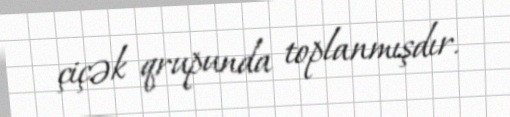
çiçək qrupunda toplanmışdır.